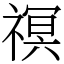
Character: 䄙